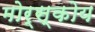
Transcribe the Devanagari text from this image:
मोर्स्कोय